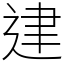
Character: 䢖